38_143685_box7_Incident_Summaries_1-100
Agency: Department of War
Page 93
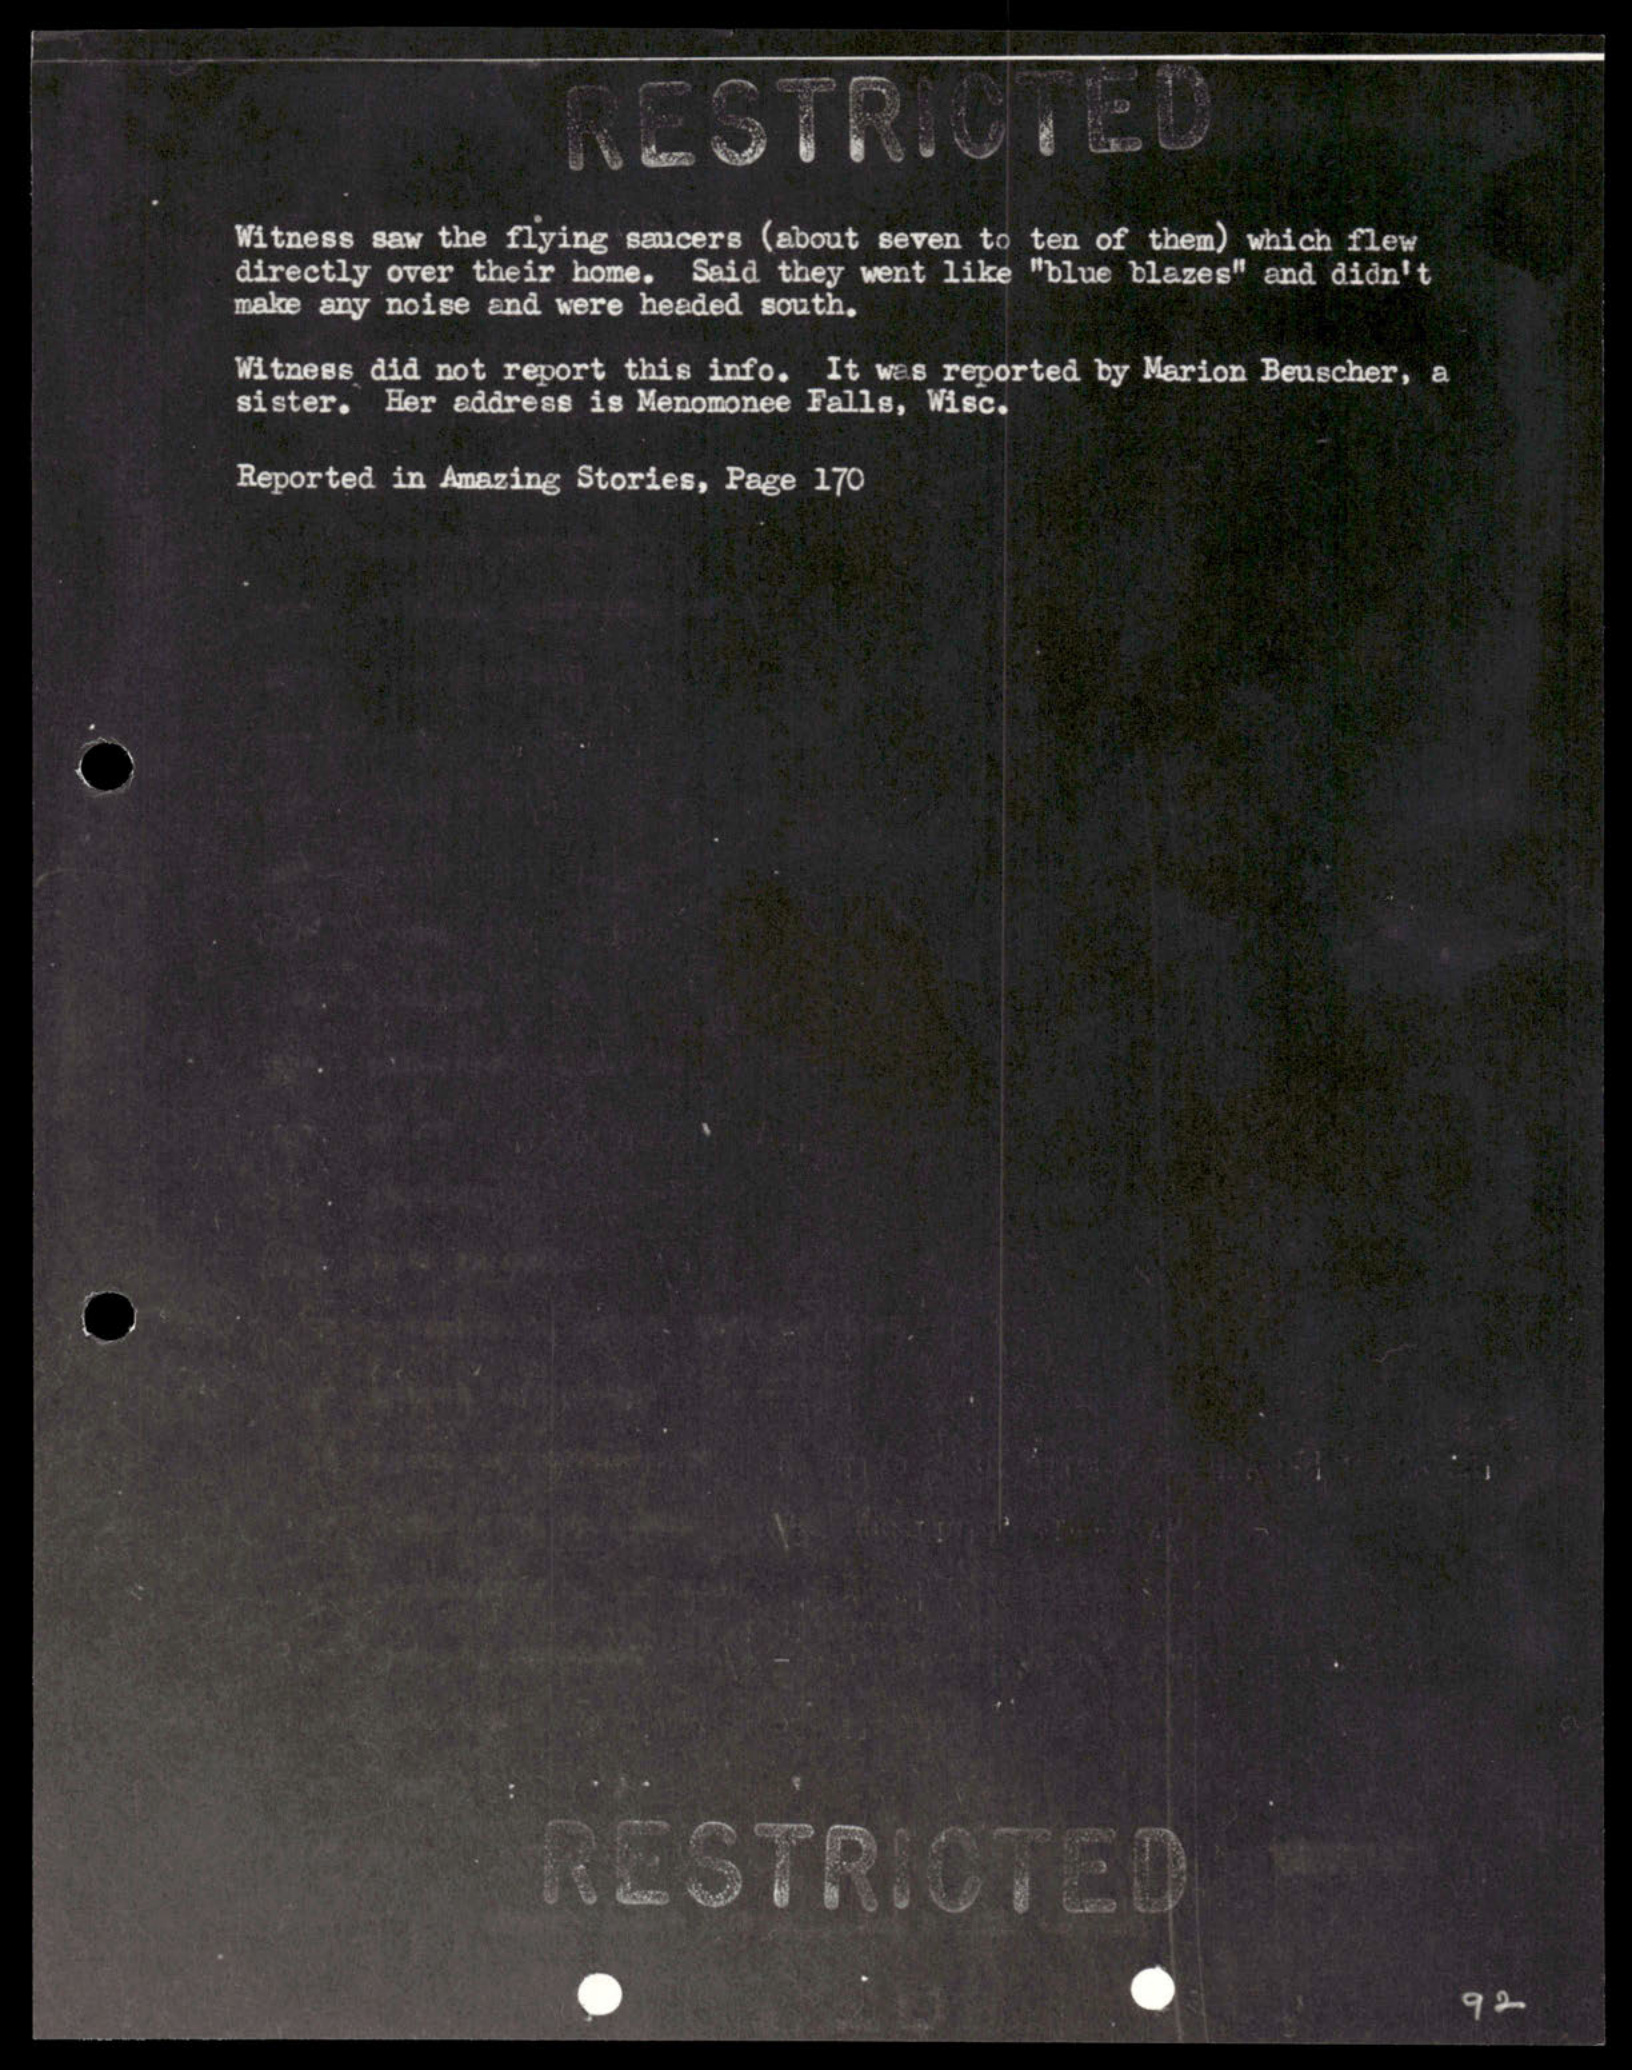